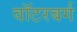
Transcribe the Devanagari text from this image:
वॉटरबर्ग